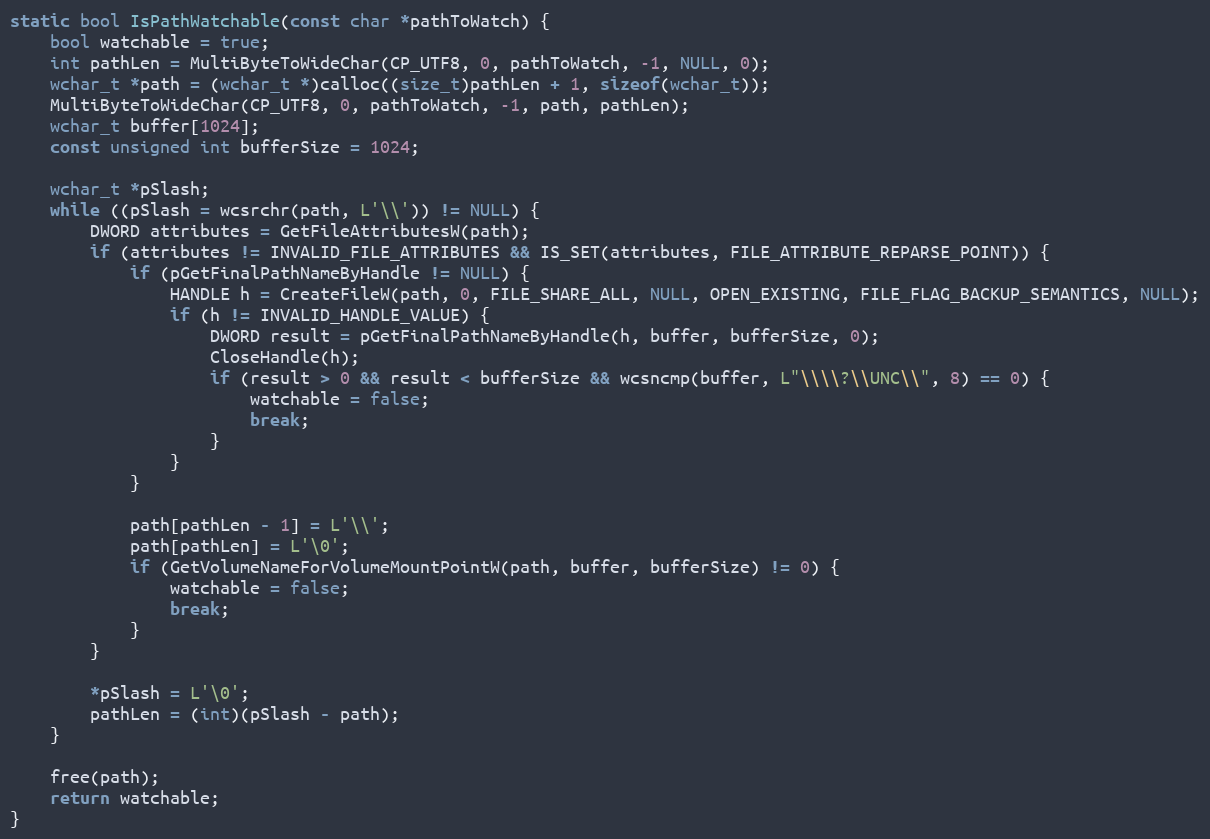
Language: C
static bool IsPathWatchable(const char *pathToWatch) {
    bool watchable = true;
    int pathLen = MultiByteToWideChar(CP_UTF8, 0, pathToWatch, -1, NULL, 0);
    wchar_t *path = (wchar_t *)calloc((size_t)pathLen + 1, sizeof(wchar_t));
    MultiByteToWideChar(CP_UTF8, 0, pathToWatch, -1, path, pathLen);
    wchar_t buffer[1024];
    const unsigned int bufferSize = 1024;

    wchar_t *pSlash;
    while ((pSlash = wcsrchr(path, L'\\')) != NULL) {
        DWORD attributes = GetFileAttributesW(path);
        if (attributes != INVALID_FILE_ATTRIBUTES && IS_SET(attributes, FILE_ATTRIBUTE_REPARSE_POINT)) {
            if (pGetFinalPathNameByHandle != NULL) {
                HANDLE h = CreateFileW(path, 0, FILE_SHARE_ALL, NULL, OPEN_EXISTING, FILE_FLAG_BACKUP_SEMANTICS, NULL);
                if (h != INVALID_HANDLE_VALUE) {
                    DWORD result = pGetFinalPathNameByHandle(h, buffer, bufferSize, 0);
                    CloseHandle(h);
                    if (result > 0 && result < bufferSize && wcsncmp(buffer, L"\\\\?\\UNC\\", 8) == 0) {
                        watchable = false;
                        break;
                    }
                }
            }

            path[pathLen - 1] = L'\\';
            path[pathLen] = L'\0';
            if (GetVolumeNameForVolumeMountPointW(path, buffer, bufferSize) != 0) {
                watchable = false;
                break;
            }
        }

        *pSlash = L'\0';
        pathLen = (int)(pSlash - path);
    }

    free(path);
    return watchable;
}